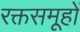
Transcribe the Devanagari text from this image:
रक्तसमूहों